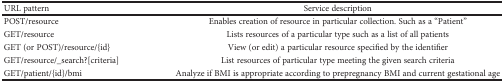
<table><thead><tr><td><b>URL pattern</b></td><td><b>Service description</b></td></tr></thead><tbody><tr><td>POST/resource</td><td>Enables creation of resource in particular collection. Such as a “Patient”</td></tr><tr><td>GET/resource</td><td>Lists resources of a particular type such as a list of all patients</td></tr><tr><td>GET (or POST)/resource/{id}</td><td>View (or edit) a particular resource specified by the identifier</td></tr><tr><td>GET/resource/_search?[criteria]</td><td>List resources of particular type meeting the given search criteria</td></tr><tr><td>GET/patient/{id}/bmi</td><td>Analyze if BMI is appropriate according to prepregnancy BMI and current gestational age</td></tr></tbody></table>